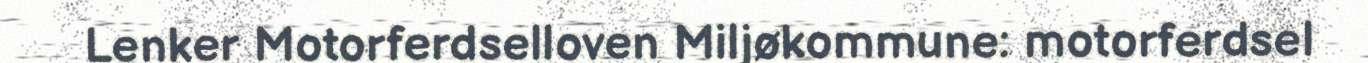
Lenker Motorferdselloven Miljøkommune: motorferdsel